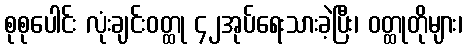
စုစုပေါင်း လုံးချင်းဝတ္ထု ၄၂အုပ်ရေးသားခဲ့ပြီး၊ ဝတ္ထုတိုများ၊